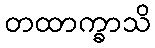
တထာက္ခာသိ